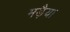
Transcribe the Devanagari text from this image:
मड़ैया